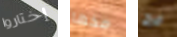
إختاروا مخها فرح